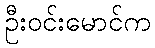
ဦးဝင်းမောင်က